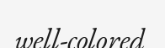
well-colored